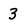
Character: 3